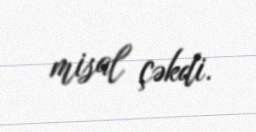
misal çəkdi.